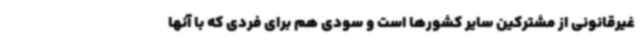
غیرقانونی از مشترکین سایر کشورها است و سودی هم برای فردی که با آنها